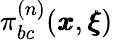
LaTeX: \pi_{bc}^{(n)}({\pmb x},{\pmb\xi})